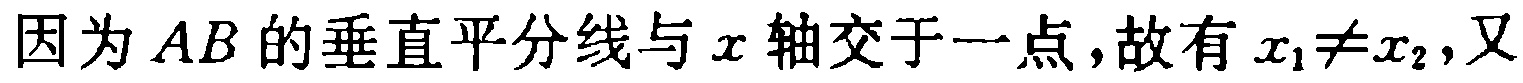
因为 \(AB\) 的垂直平分线与 \(x\) 轴交于一点,故有 \(x_{1}\neq x_{2}\),又